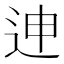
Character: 迧